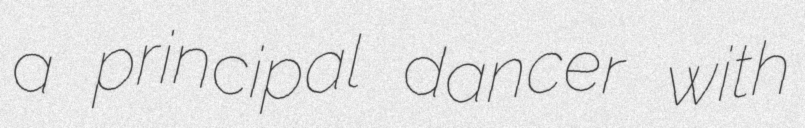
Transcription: a principal dancer with